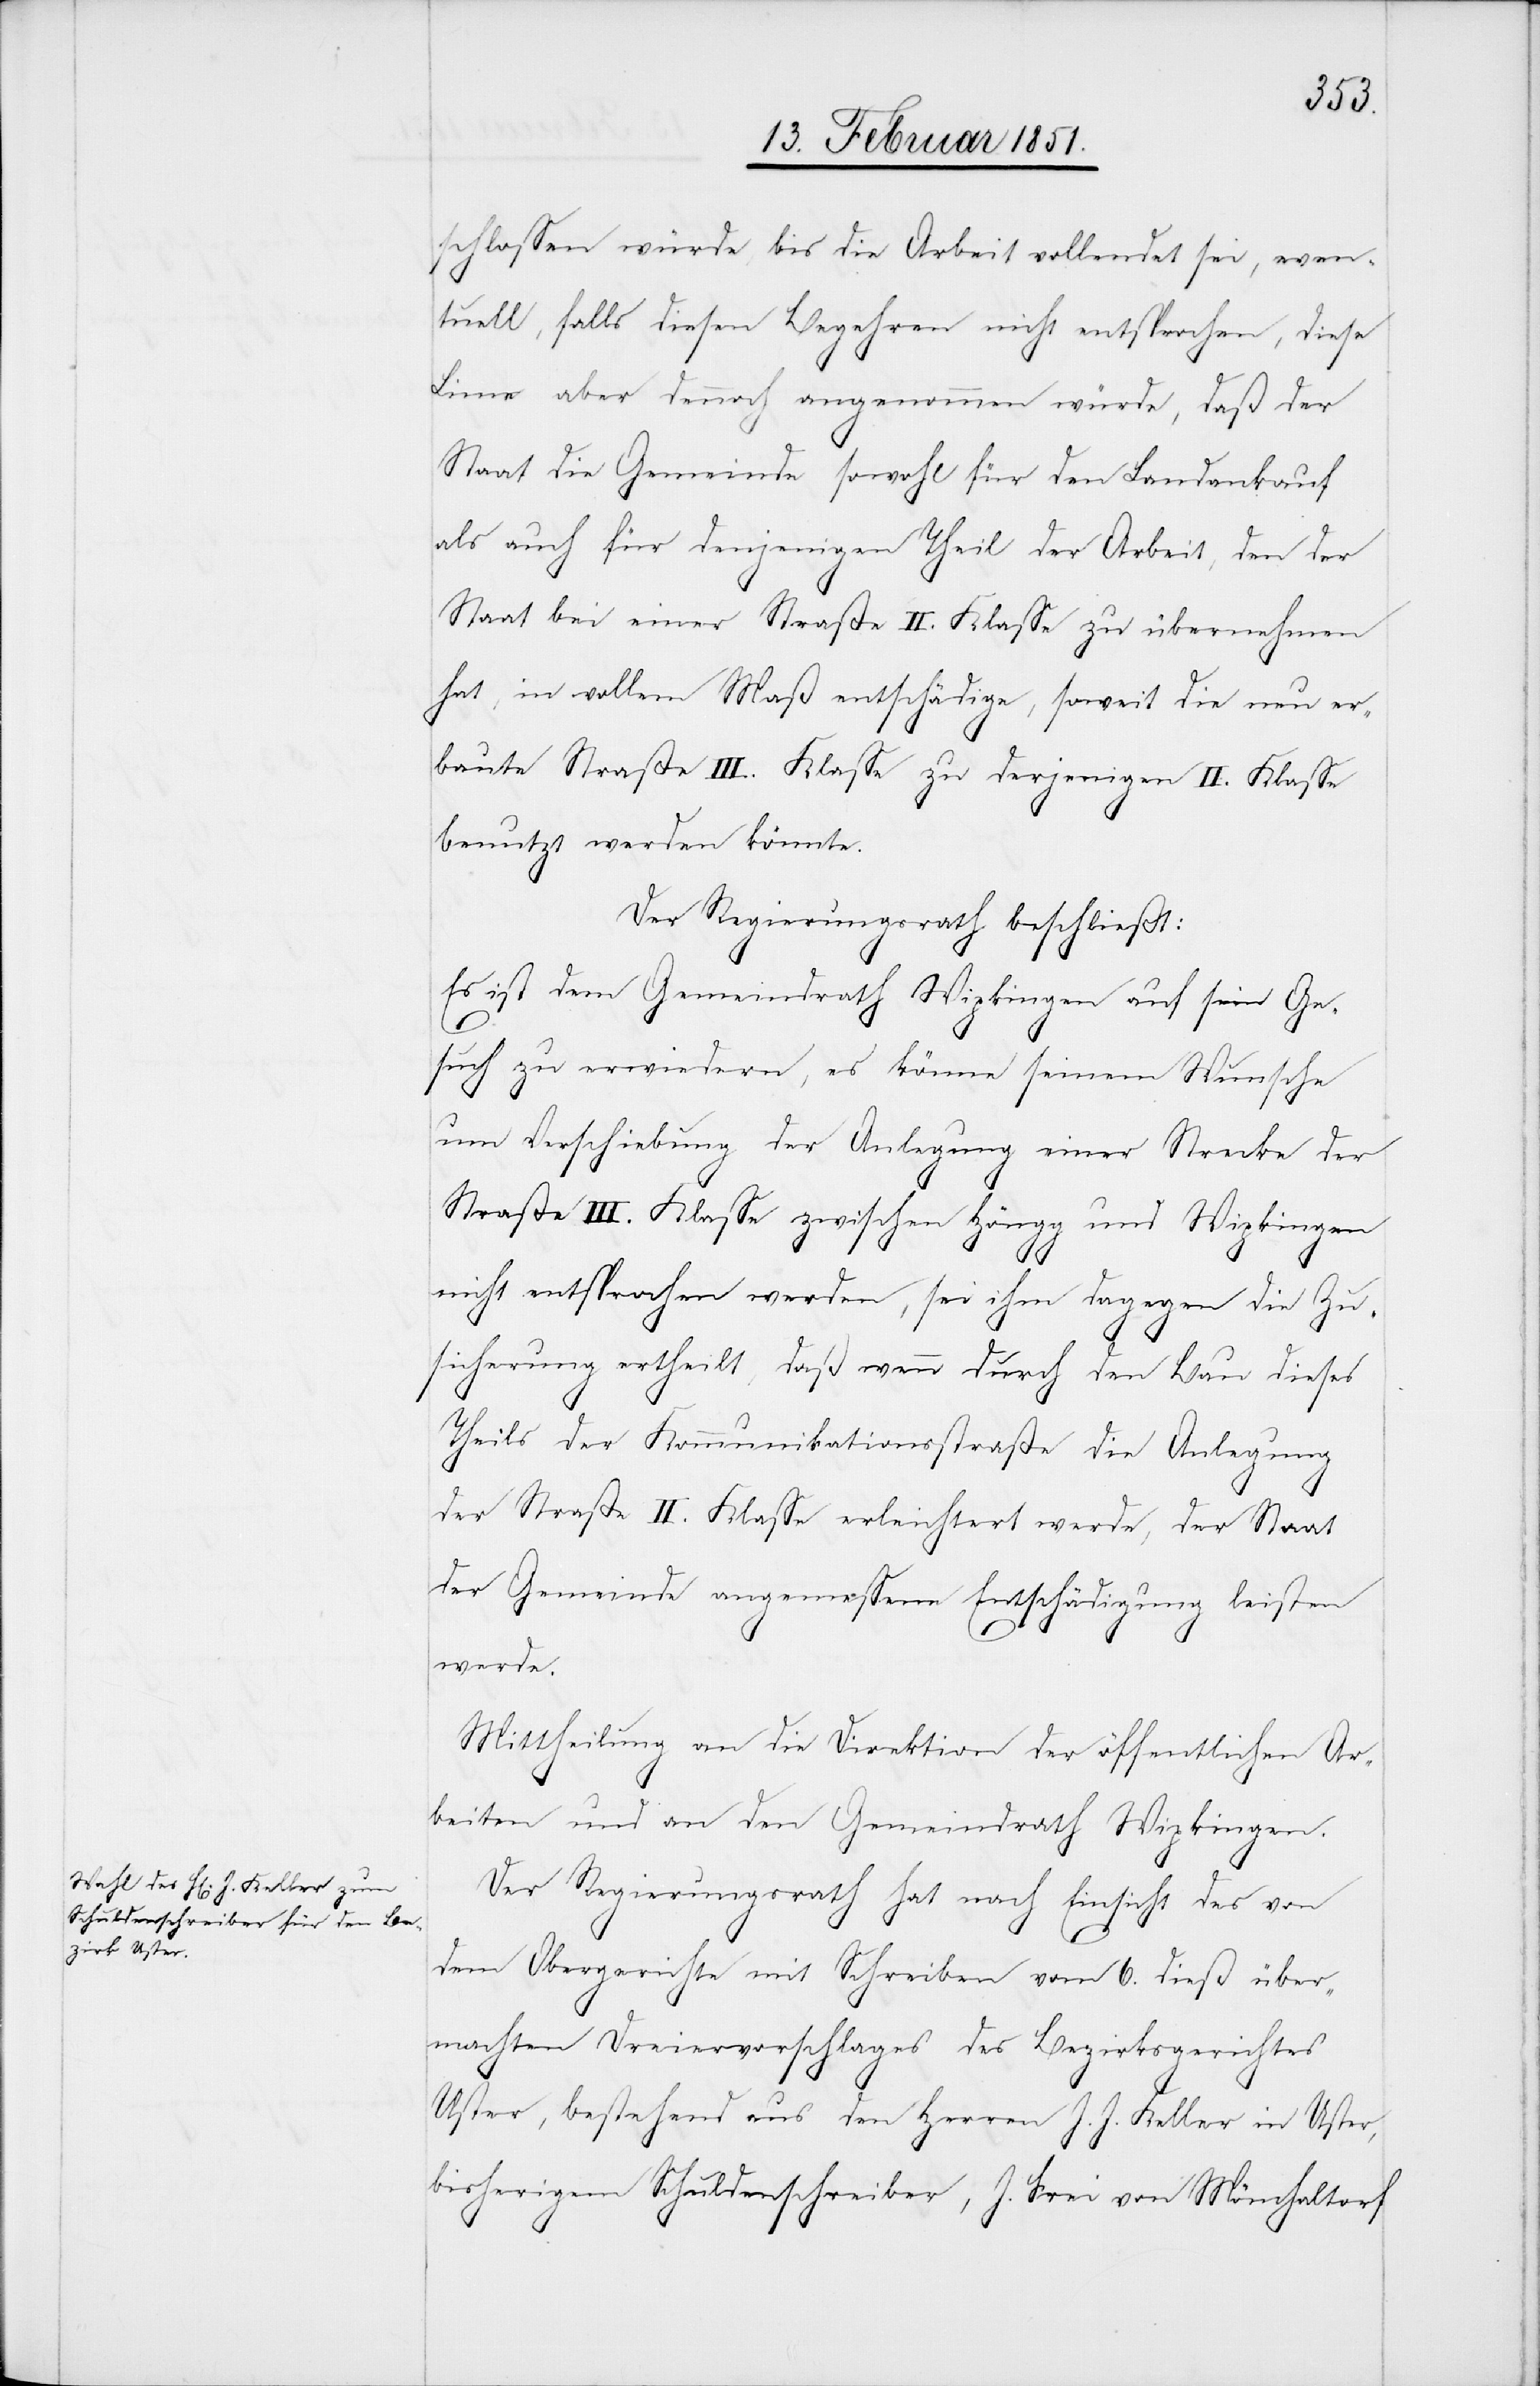
schlossen würde bis die Arbeit vollendet sei, even¬
tuell, falls diesem Begehren nicht entsprochen, diese
Linie aber dennoch angenommen würde, daß der
Staat die Gemeinde sowohl für den Landankauf
als auch für denjenigen Theil der Arbeit, den der
Staat bei einer Straße II. Klasse zu übernehmen
hat, in vollem Maß entschädige, soweit die neu er¬
baute Straße III. Klasse zu derjenigen II. Klasse
benutzt werden könnte.
Der Regierungsrath beschließt:
Es ist dem Gemeindrath Wipkingen auf sein Ge¬
such zu erwiedern, es könne seinem Wunsche
um Verschiebung der Anlegung einer Strecke der
Straße III. Klasse zwischen Höngg und Wipkingen
nicht entsprochen werden, sei ihm dagegen die Zu¬
sicherung ertheilt, daß wenn durch den Bau dieses
Theils der Kommunikationsstraße die Anlegung
der Straße II. Klasse erleichtert werde, der Staat
der Gemeinde angemessene Entschädigung leisten
werde.
Mittheilung an die Direktion der öffentlichen Ar¬
beiten und an den Gemeindrath Wipkingen.
Der Regierungsrath hat nach Einsicht des von
dem Obergerichte mit Schreiben vom 6. dieß über¬
machten Dreiervorschlages des Bezirksgerichtes
Uster, bestehend aus den Herren J. J. Keller in Uster,
bisherigem Schuldenschreiber, J. Frei von Mönchaltorf